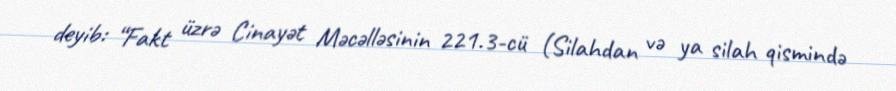
deyib: “Fakt üzrə Cinayət Məcəlləsinin 221.3-cü (Silahdan və ya silah qismində